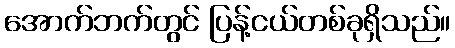
အောက်ဘက်တွင် ပြန့်ငယ်တစ်ခုရှိသည်။